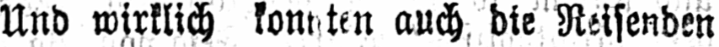
Und wirklich konnten auch die Reisenden